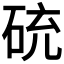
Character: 𥒝